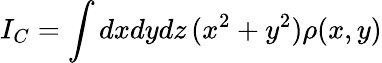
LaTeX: I_{C}=\int dxdydz\, (x^{2}+y^{2})\rho(x,y)